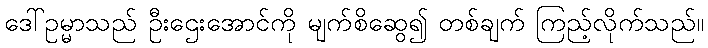
ဒေါ်ဥမ္မာသည် ဦးဌေးအောင်ကို မျက်စိဆွေ၍ တစ်ချက် ကြည့်လိုက်သည်။